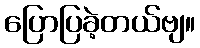
ပြောပြခဲ့တယ်ဗျ။